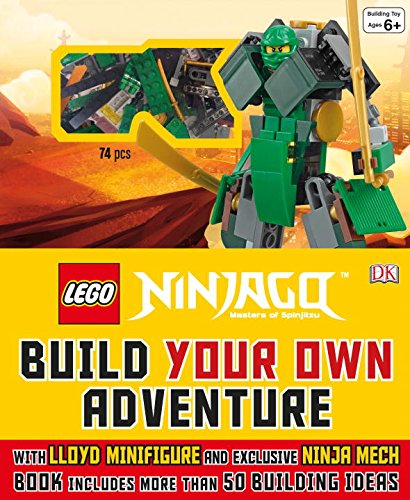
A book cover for LEGO NINJAGO: Build Your Own Adventure; DK; Children's Books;